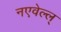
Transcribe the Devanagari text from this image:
नएवेल्ल्